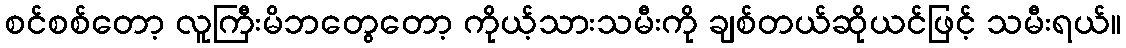
စင်စစ်တော့ လူကြီးမိဘတွေတော့ ကိုယ့်သားသမီးကို ချစ်တယ်ဆိုယင်ဖြင့် သမီးရယ်။